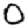
Digit: 0